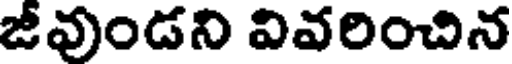
జీవుండని వివరించిన